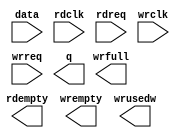
module fifo_240x128 (
	data,
	rdclk,
	rdreq,
	wrclk,
	wrreq,
	q,
	rdempty,
	wrempty,
	wrfull,
	wrusedw);

	input	[239:0]  data;
	input	  rdclk;
	input	  rdreq;
	input	  wrclk;
	input	  wrreq;
	output	[239:0]  q;
	output	  rdempty;
	output	  wrempty;
	output	  wrfull;
	output	[6:0]  wrusedw;

endmodule